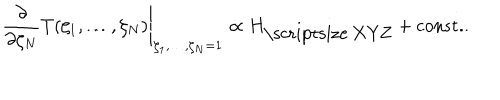
\left. \frac { \partial } { \partial \zeta _ { N } } T ( \zeta _ { 1 } , \ldots , \zeta _ { N } ) \right| _ { \zeta _ { 1 } , \ldots , \zeta _ { N } = 1 } \propto H _ { \mathrm { \scriptsize ~ X Y Z } } + \mathrm { c o n s t . } .